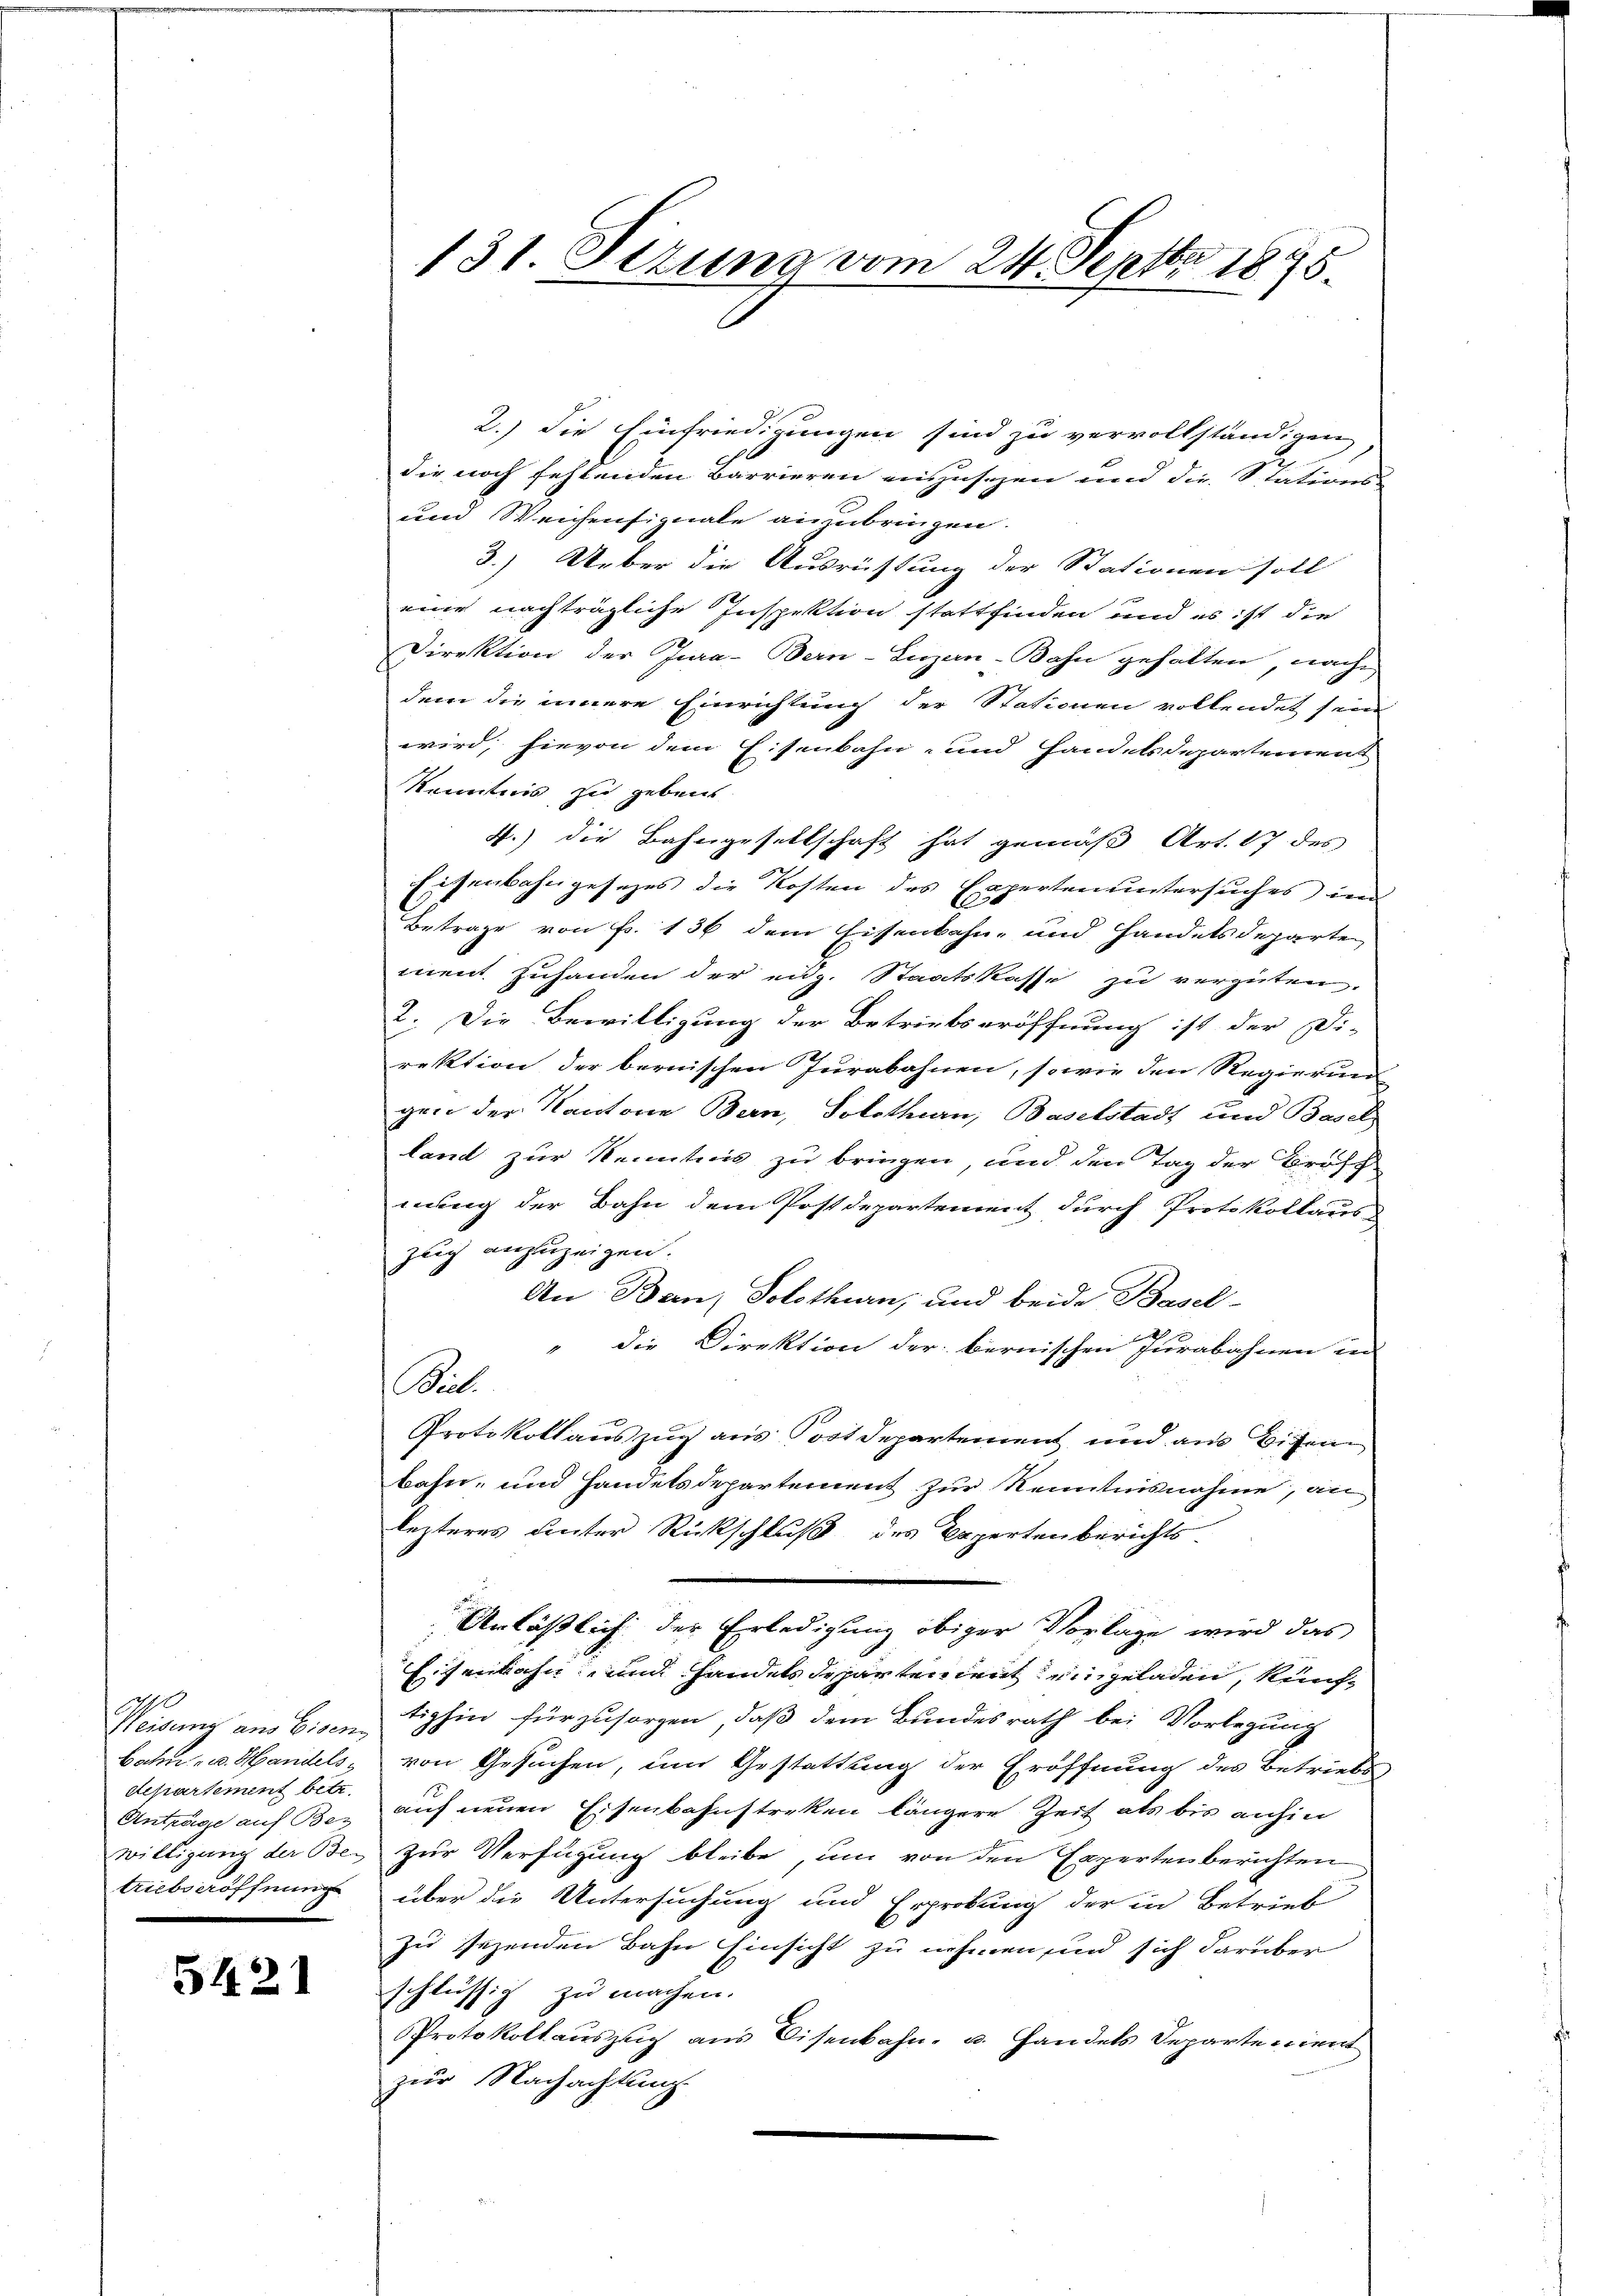
Weisung aus Eisen
Bahn u. Handelsdepartement betr.
Anträge auf Bes
triebseröffnung
.

5421

131. Setzung vom 24. Septbr 1895.

2.) Die Einfriedigungen sind zu vervollständigen
die noch fehlenden Barrieren einzusehen und die Stations-
und Weichensignale anzubringen.
3.) Ueber die Ausrüstung der Stationen soll
eine nachträgliche Inspektion stattfinden und es ist die
Direktion der Jura-Bern-Luzan-Bahn gehalten, nachdem die innere Einrichtung der Stationen vollendet sein
wird, hievon dem Eisenbahn- und Handelsdepartement
Kenntnis zu gebens
4.) die Bahngesellschaft hat gemäß Art. 17 des
Eisenbahngesezes die Kosten des Expertenuntersuches im
Betrage von Fr. 136 dem Eisenbahn- und Handelsdeparten,
ment zuhanden der eidg. Staatskasse zu vergüten.
2. Die Bewilligung der Betriebseröffnung ist der Di-
rektion der bernischen Jurabahnen, sowie den Regierung
gen der Kantorie Bern, Solothurn, Baselstadt und Basel-
land zur Kenntnis zu bringen, und den Tag der Brosch
nung der Bahn dem Postdepartement durch Protokollaus
zug anzuzeigen.
An Ban, Solothurn, und beide Basel-
die Direktion der bernischen Jurabahnen in
Biel
Protokollauszug aus Postdepartement und am Bise
bahn- und Handelsdepartement zur Kenntnisnahme, an
lezteres unter Rückschluß des Repertenberichts-
Anläßlich der Erledigung obiger Vorlage wird das
Eisenbahn und Handels Departement eingeladen, künftighin für zu sorgen, daß dem Bundesrath bei Vorlegung
von Gesuchen, um Gestattung der Eröffnung des Betriebs
auf neuen Eisenbahnstreken längere Zeit als bis anhin
willigung der Bei zur Verfügung bleibe, um von den Expertenberichten
über die Untersuchung und Erprobung der in Betrieb
zu sezenden Bahn Einsicht zu nehmen und sich darüber
schlüssig zu machen.
Protokollauszug aus Eisenbahn- u. Handels Departerient
zur Nachachtung